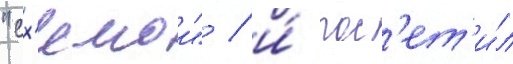
"сх'емои" / и́ пос'ет'и́л